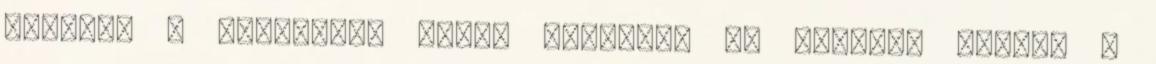
színtér a debreceni Főnix Csarnok. De térjünk vissza a